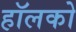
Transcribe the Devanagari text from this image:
हॉलको